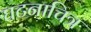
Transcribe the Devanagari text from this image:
घटनाचित्र